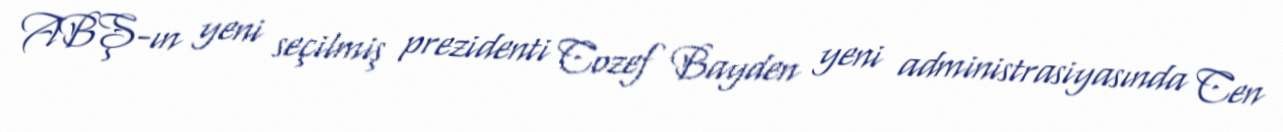
ABŞ-ın yeni seçilmiş prezidenti Cozef Bayden yeni administrasiyasında Cen